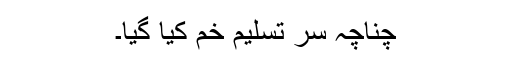
چناچہ سر تسلیم خم کیا گیا۔